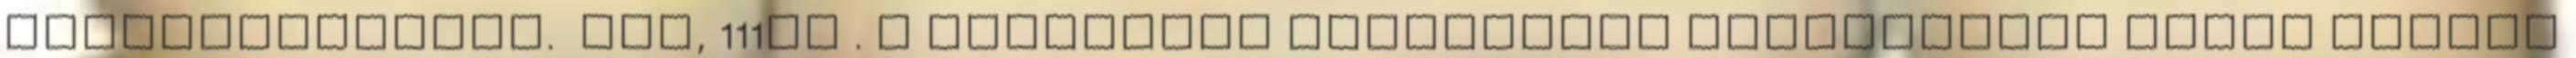
terhesgondozás. pdf, 111kB . A letöltött dokumentum olvasásához Adobe Reader